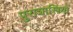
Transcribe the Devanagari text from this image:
पुराशास्त्रियों